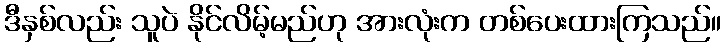
ဒီနှစ်လည်း သူပဲ နိုင်လိမ့်မည်ဟု အားလုံးက တစ်ပေးထားကြသည်။